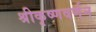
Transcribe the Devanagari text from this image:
श्रीकृष्णवर्णन